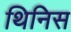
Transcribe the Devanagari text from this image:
थिनिस